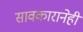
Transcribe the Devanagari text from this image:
सावकारानेही